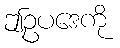
ဤဥပဒေကို